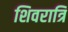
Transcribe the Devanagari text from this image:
शिवरात्रि